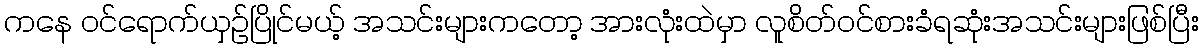
ကနေ ဝင်ရောက်ယှဉ်ပြိုင်မယ့် အသင်းများကတော့ အားလုံးထဲမှာ လူစိတ်ဝင်စားခံရဆုံးအသင်းများဖြစ်ပြီး